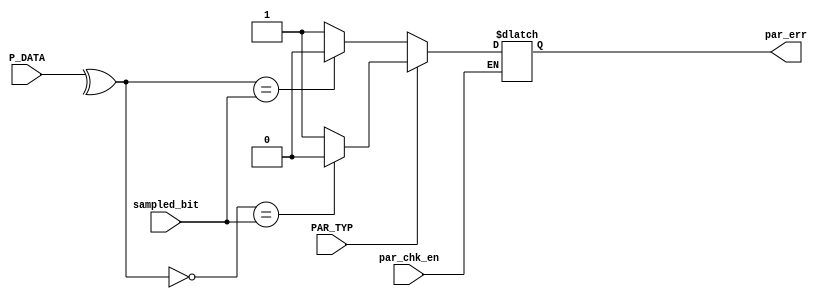

module Parity_Check #(
	parameter DATA_WIDTH = 8  // default value 
	)

	(
	input		wire							sampled_bit,
	input		wire							par_chk_en,
	input		wire							PAR_TYP,
	input		wire	[DATA_WIDTH-1:0]		P_DATA,
	output		reg								par_err
	);


always @(*) begin
	if(par_chk_en) begin
		if(PAR_TYP == 'b0) begin   // even parity
			if( ^P_DATA == sampled_bit) begin
				par_err		=		'b0;			
			end
			else begin
				par_err		=		'b1;
			end
		end
		else begin 		// odd parity
			if( ~(^P_DATA) == sampled_bit) begin
				par_err		=		'b0;			
			end
			else begin
				par_err		=		'b1;
			end
		end
	end

end

endmodule